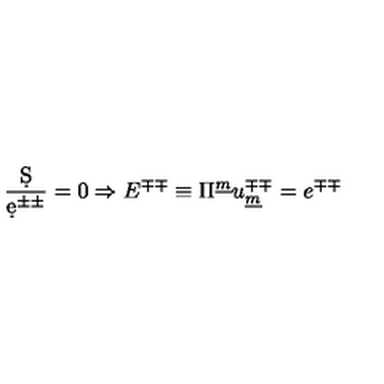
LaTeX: { \frac { \d S } { \d e ^ { \pm \pm } } } = 0 \Rightarrow E ^ { \mp \mp } \equiv \Pi ^ { \underline { { m } } } u _ { \underline { { m } } } ^ { \mp \mp } = e ^ { \mp \mp }